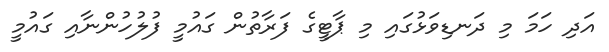
އަދި ހަމަ މި ދަނޑިވަޅުގައި މި ޕާޓީގެ ފަރާތުން ގައުމީ ފުލުހުންނާއި ގައުމީ